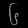
Digit: ၆